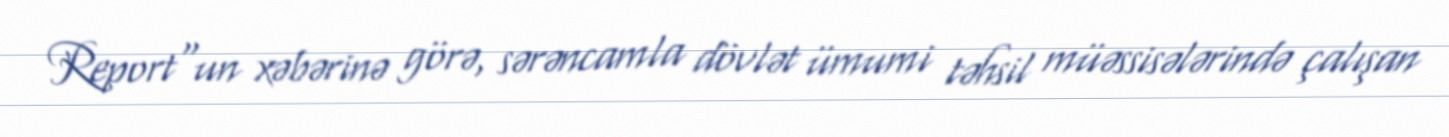
Report"un xəbərinə görə, sərəncamla dövlət ümumi təhsil müəssisələrində çalışan